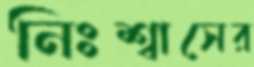
নিঃশ্বাসের